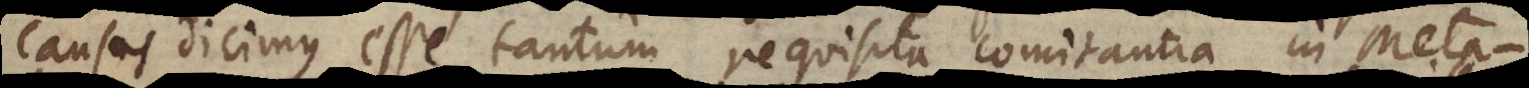
causas dicimus esse tantum requisita comitantia in Meta